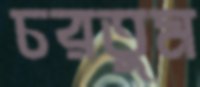
চরতুম